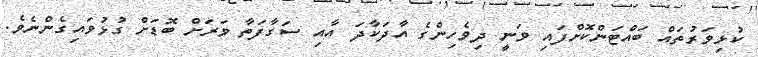
ކުޅިވަރުތައް ބައްޓަންކޮށްފައި ވަނީ ދިވެހިންގެ އާދަކާދަ އާއި ސަގާފަތާ ވަރަށް ބޮޑަށް ގުޅުވައިގެންނެވެ.